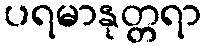
ပရမာနုတ္တရာ